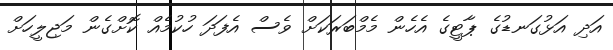
އަދި އަޅުގަނޑުގެ ޕާޓީގެ އެހެން މެމްބަރަކަށް ވެސް އެފަދަ ހުކުމެއް ކޮށްގެން މަޖިލީހަށް